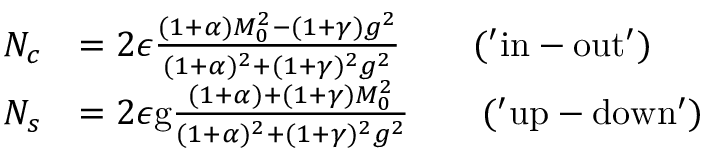
\begin{array} { r l } { N _ { c } } & { = 2 \epsilon \frac { ( 1 + \alpha ) M _ { 0 } ^ { 2 } - ( 1 + \gamma ) g ^ { 2 } } { ( 1 + \alpha ) ^ { 2 } + ( 1 + \gamma ) ^ { 2 } g ^ { 2 } } \qquad \mathrm { ( ' i n - o u t ' ) } } \\ { N _ { s } } & { = 2 \epsilon \mathrm { g } \frac { ( 1 + \alpha ) + ( 1 + \gamma ) M _ { 0 } ^ { 2 } } { ( 1 + \alpha ) ^ { 2 } + ( 1 + \gamma ) ^ { 2 } g ^ { 2 } } \qquad \mathrm { ( ' u p - d o w n ' ) } } \end{array}